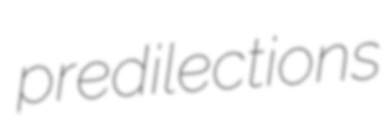
predilections